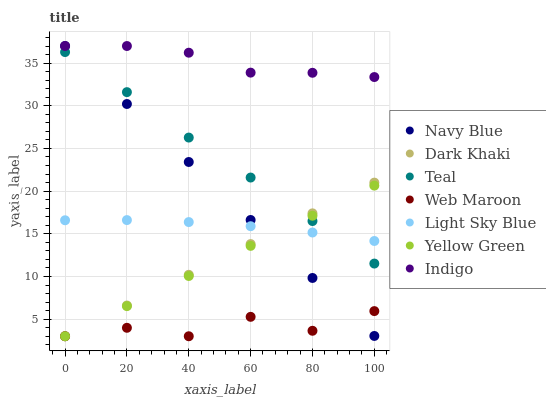
| xaxis_label | Navy Blue | Dark Khaki | Teal | Web Maroon | Light Sky Blue | Yellow Green | Indigo |
 | --- | --- | --- | --- | --- | --- | --- | --- |
 | 0 | 37 | 3 | 36.3 | 3 | 16.6 | 3 | 37 |
 | 20 | 30.2 | 6.6 | 31.6 | 3.99 | 16.6 | 6.53 | 37 |
 | 40 | 23.4 | 10.2 | 26.3 | 3 | 16.4 | 10.1 | 36.2 |
 | 60 | 16.6 | 13.8 | 21.6 | 5.28 | 15.9 | 13.6 | 33.9 |
 | 80 | 9.83 | 17.4 | 16.5 | 3.64 | 15.2 | 17.1 | 33.9 |
 | 100 | 3.04 | 21 | 11.5 | 5.95 | 14.2 | 20.6 | 33.4 |